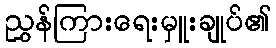
ညွှန်ကြားရေးမှူးချုပ်၏